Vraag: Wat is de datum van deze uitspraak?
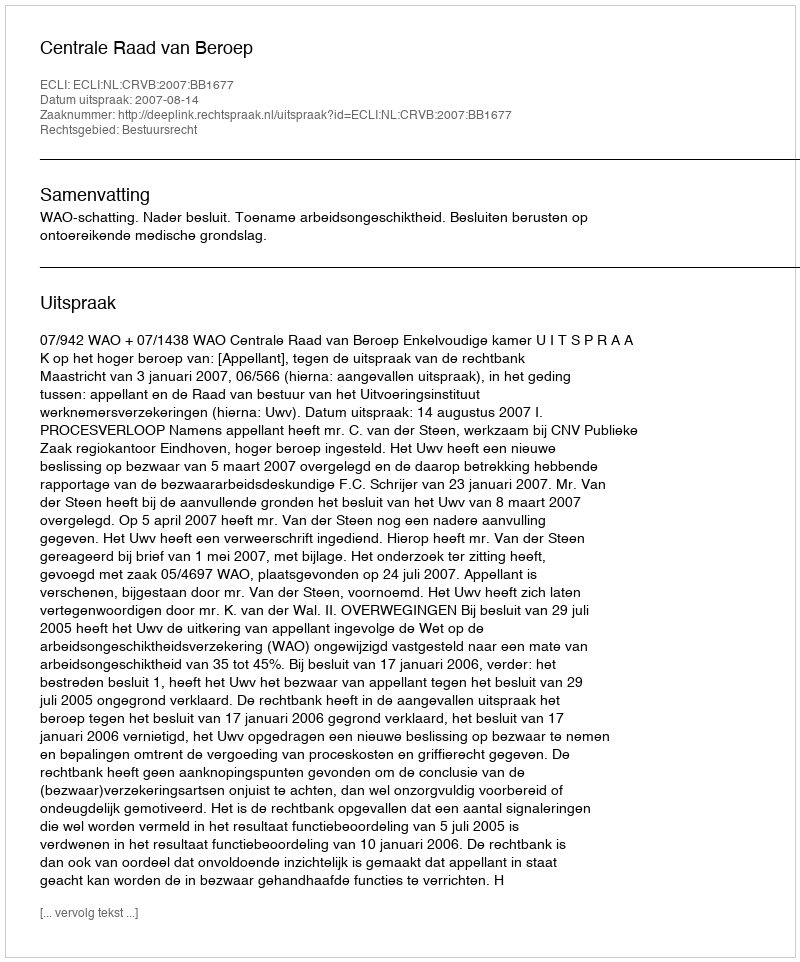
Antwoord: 2007-08-14